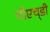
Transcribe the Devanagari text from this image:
पीएच्‌डी